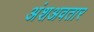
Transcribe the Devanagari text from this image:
अंशअवतार